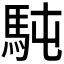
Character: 𩢀